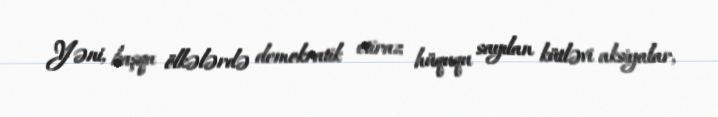
Yəni, başqa ölkələrdə demokratik etiraz hüququ sayılan kütləvi aksiyalar,